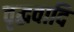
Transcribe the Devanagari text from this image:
वृद्धवादि